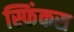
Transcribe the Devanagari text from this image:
स्फिंकस